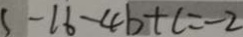
5 - 1 6 - 4 b + c = - 2